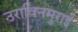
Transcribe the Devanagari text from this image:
उराविनमुराई